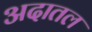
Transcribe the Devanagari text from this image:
अदातल